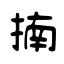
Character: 揇